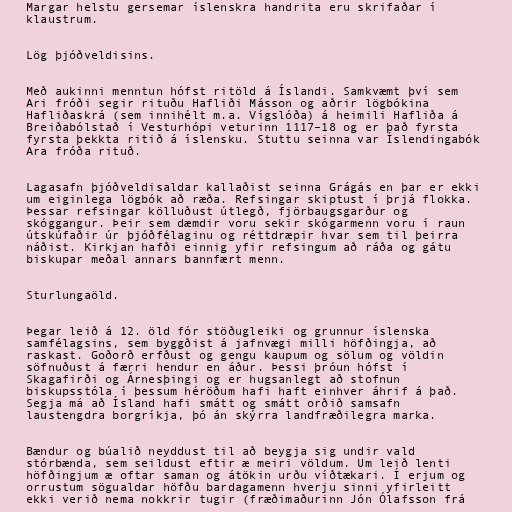
Margar helstu gersemar íslenskra handrita eru skrifaðar í
klaustrum.

Lög þjóðveldisins.

Með aukinni menntun hófst ritöld á Íslandi. Samkvæmt því sem
Ari fróði segir rituðu Hafliði Másson og aðrir lögbókina
Hafliðaskrá (sem innihélt m.a. Vígslóða) á heimili Hafliða á
Breiðabólstað í Vesturhópi veturinn 1117–18 og er það fyrsta
fyrsta þekkta ritið á íslensku. Stuttu seinna var Íslendingabók
Ara fróða rituð.

Lagasafn þjóðveldisaldar kallaðist seinna Grágás en þar er ekki
um eiginlega lögbók að ræða. Refsingar skiptust í þrjá flokka.
Þessar refsingar kölluðust útlegð, fjörbaugsgarður og
skóggangur. Þeir sem dæmdir voru sekir skógarmenn voru í raun
útskúfaðir úr þjóðfélaginu og réttdræpir hvar sem til þeirra
náðist. Kirkjan hafði einnig yfir refsingum að ráða og gátu
biskupar meðal annars bannfært menn.

Sturlungaöld.

Þegar leið á 12. öld fór stöðugleiki og grunnur íslenska
samfélagsins, sem byggðist á jafnvægi milli höfðingja, að
raskast. Goðorð erfðust og gengu kaupum og sölum og völdin
söfnuðust á færri hendur en áður. Þessi þróun hófst í
Skagafirði og Árnesþingi og er hugsanlegt að stofnun
biskupsstóla í þessum héröðum hafi haft einhver áhrif á það.
Segja má að Ísland hafi smátt og smátt orðið samsafn
laustengdra borgríkja, þó án skýrra landfræðilegra marka.

Bændur og búalið neyddust til að beygja sig undir vald
stórbænda, sem seildust eftir æ meiri völdum. Um leið lenti
höfðingjum æ oftar saman og átökin urðu víðtækari. Í erjum og
orrustum sögualdar höfðu bardagamenn hverju sinni yfirleitt
ekki verið nema nokkrir tugir (fræðimaðurinn Jón Ólafsson frá